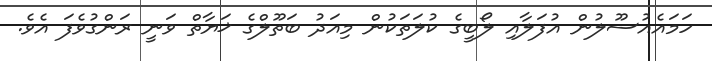
ހަމައެއުސޫލުން އުފަލާއި ލޯބީގެ ކުލަތަކުން މިއަދު ބަތޫލްގެ ޚަޔާތް ވަނީ ރަންގުވެފަ އެވެ.